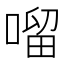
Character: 𠺕